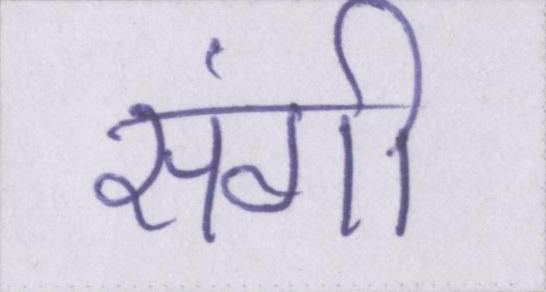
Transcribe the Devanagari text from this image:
संगी